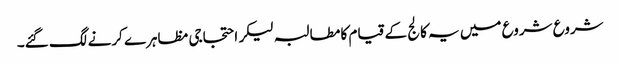
شروع شروع میں یہ کالج کے قیام کا مطالبہ لیکر احتجاجی مظاہرے کرنے لگ گئے۔